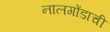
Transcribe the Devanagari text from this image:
नालगोंडाची